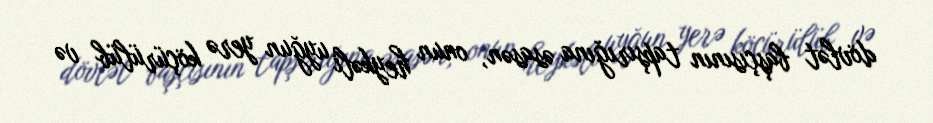
dövlət başçısının tapşırığına əsasən, onun heykəli uyğun yerə köçürülüb və